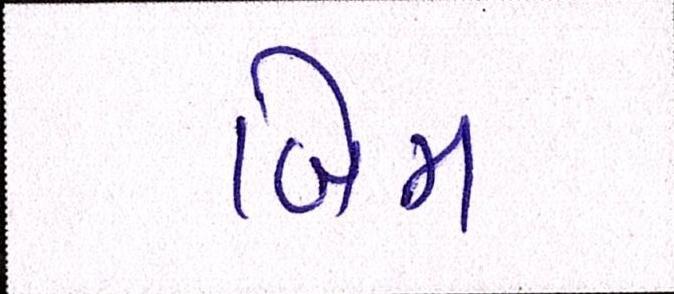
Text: બિમ